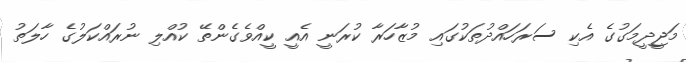
މަޖީދީމަގުގެ އެކި ސަރަހައްދުތަކުގައި މުޒާހަރާ ކުރަނީ އެއީ ކީއްވެގެންތޭ ކުއްލި ނުރައްކަލުގެ ހާލަތު